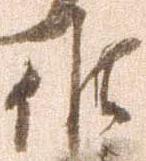
作